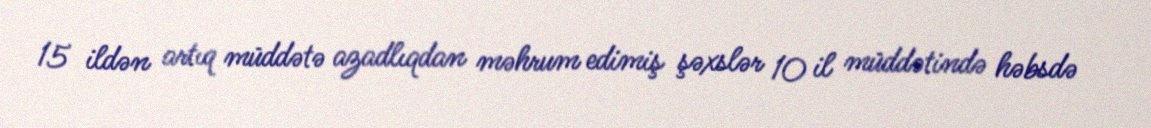
15 ildən artıq müddətə azadlıqdan məhrum edimiş şəxslər 10 il müddətində həbsdə